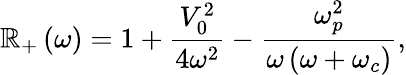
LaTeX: \mathbb{R}_{+}\left(\omega\right)=1+\frac{{V_{0}^{2}}}{{4\omega^{2}}}-\frac{{\omega_{p}^{2}}}{{\omega\left(\omega+\omega_{c}\right)}},